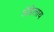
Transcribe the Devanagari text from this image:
अॅडेलाय